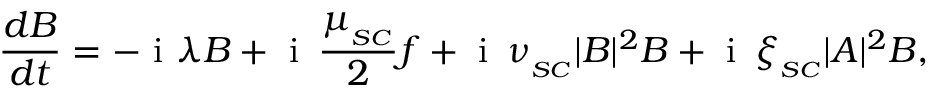
\frac { d B } { d t } = - \mathrm { ~ i ~ } \lambda B + \mathrm { ~ i ~ } \, \frac { \mu _ { _ { S C } } } { 2 } f + \mathrm { ~ i ~ } \, \nu _ { _ { S C } } | B | ^ { 2 } B + \mathrm { ~ i ~ } \, \xi _ { _ { S C } } | A | ^ { 2 } B ,